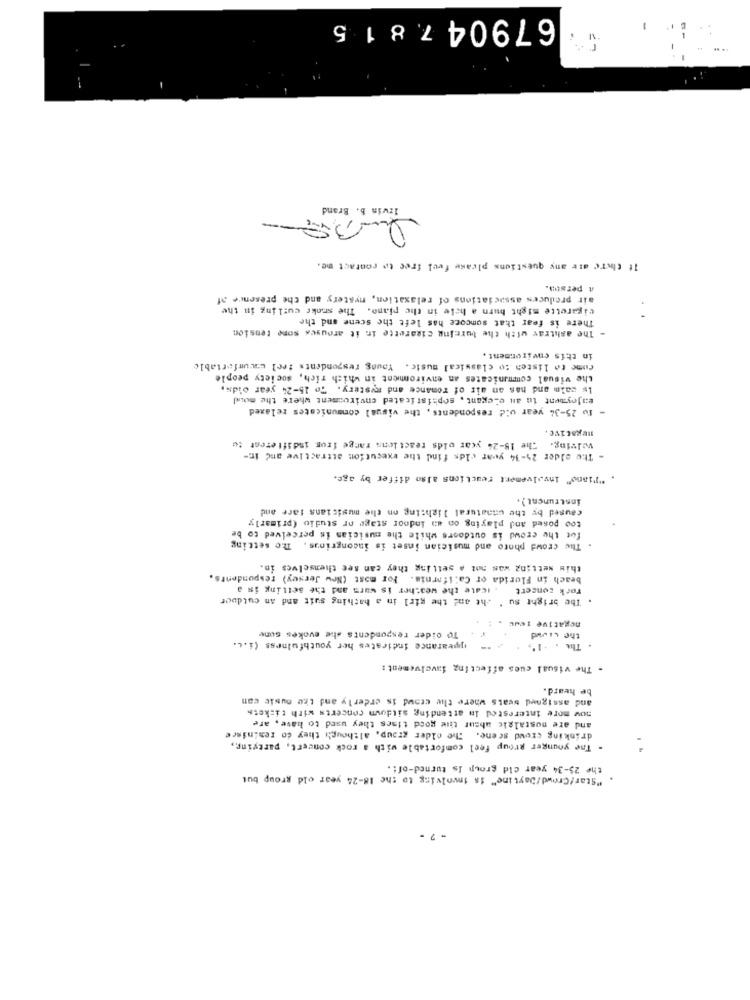
679047.815
Irwin b. Brand
It there are any questions please feel free to contact me.
A person.
air produces associations of relaxation, mystery and the presence of
cigarette might burn a hele in the piano. The smoke curling in the
There is fear that somcore has left the scene and the
- The ashtray with the burning cigarette in it arouses some tension
in this environment.
come to listen to classical music. Young respondents feel courfortable
the visual communicates an enviroment in which rich, society people
Is calm and has an air of romance and mystery. To 15-24 year olds,
enjoyment in an elegant, sophisticated environment where the moud
- Tu 25-34 year old respondents, the visual communicates relaxed
negative.
The 18-24 year olds reactions range from indifferent tu
wIving.
- The elder 25-14 year olds find the execution attractive and in-
"Tiano" involvement reactions also differ by age.
instrument ).
caused by the unnatural lighting on the musicians fare and
too posed and playing on an indoor stage or studio (primarly
fot the crowd is outdoors while the musician is perceived to be
The crowd photo and musician inset is incongrings. The setting
this setting was mot a setting they can see themselves in.
beach in Florida of California. For most (New Jersey) respondents.
.icate the weather is wurm and the setting in a
rock concert
The bright su " cht and the girl in a bathing suit and an cutdoor
negative 1edu . :
To oider respondents she evokes sone
the ciowd
appearance indicates her youthfulness (i.c.
The . . 1',
- The visual cues affecting favelvement :
be heard.
and assigned beats where the crowd is erderly and the music can
now more interested In attending sitdown concerts with tickets
and are nostalgic absur the good times they used to have, are
drinking crowd scene. The older group, although they do reminisce
. The younger group feel comfortable with a rock concert, partying,
the 25-34 year old group Is turned-of !.
"Star/Crowd/Daytime" is involving to the 18-24 year old group but